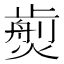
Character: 𤎵